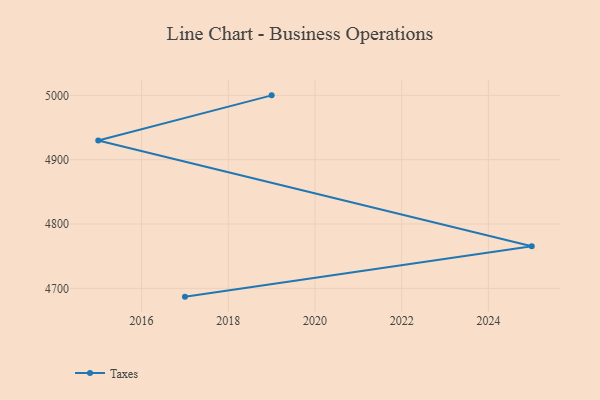
{"axis": {"x": "Year", "y": "Bounce Rate (%)"}, "legend": ["Taxes"], "data": [{"x": "2017", "y": 4687.1, "type": "Taxes"}, {"x": "2025", "y": 4765.5, "type": "Taxes"}, {"x": "2015", "y": 4929.7, "type": "Taxes"}, {"x": "2019", "y": 5000, "type": "Taxes"}]}